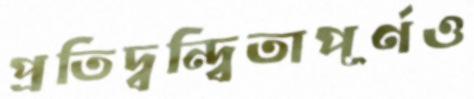
প্রতিদ্বন্দ্বিতাপূর্ণও